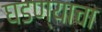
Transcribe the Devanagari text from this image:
घडण्याचा